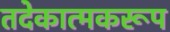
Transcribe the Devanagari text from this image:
तदेकात्मकरूप